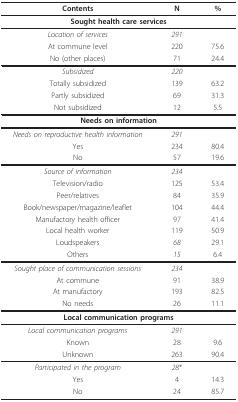
<table><thead><tr><td><b>Contents</b></td><td><b>N</b></td><td><b>%</b></td></tr></thead><tbody><tr><td colspan="3"><b>Sought health care services</b></td></tr><tr><td><i>Location of services</i></td><td><i>291</i></td><td></td></tr><tr><td>At commune level</td><td>220</td><td>75.6</td></tr><tr><td>No (other places)</td><td>71</td><td>24.4</td></tr><tr><td><i>Subsidized</i></td><td><i>220</i></td><td></td></tr><tr><td>Totally subsidized</td><td>139</td><td>63.2</td></tr><tr><td>Partly subsidized</td><td>69</td><td>31.3</td></tr><tr><td>Not subsidized</td><td>12</td><td>5.5</td></tr><tr><td colspan="3"><b>Needs on information</b></td></tr><tr><td><i>Needs on reproductive health information</i></td><td><i>291</i></td><td></td></tr><tr><td>Yes</td><td>234</td><td>80.4</td></tr><tr><td>No</td><td>57</td><td>19.6</td></tr><tr><td><i>Source of information</i></td><td><i>234</i></td><td></td></tr><tr><td>Television/radio</td><td>125</td><td>53.4</td></tr><tr><td>Peer/relatives</td><td>84</td><td>35.9</td></tr><tr><td>Book/newspaper/magazine/leaflet</td><td>104</td><td>44.4</td></tr><tr><td>Manufactory health officer</td><td>97</td><td>41.4</td></tr><tr><td>Local health worker</td><td>119</td><td>50.9</td></tr><tr><td>Loudspeakers</td><td><i>68</i></td><td>29.1</td></tr><tr><td>Others</td><td><i>15</i></td><td>6.4</td></tr><tr><td><i>Sought place of communication sessions</i></td><td><i>234</i></td><td></td></tr><tr><td>At commune</td><td>91</td><td>38.9</td></tr><tr><td>At manufactory</td><td>193</td><td>82.5</td></tr><tr><td>No needs</td><td>26</td><td>11.1</td></tr><tr><td colspan="3"><b>Local communication programs</b></td></tr><tr><td><i>Local communication programs</i></td><td><i>291</i></td><td></td></tr><tr><td>Known</td><td>28</td><td>9.6</td></tr><tr><td>Unknown</td><td>263</td><td>90.4</td></tr><tr><td><i>Participated in the program</i></td><td><i>28</i>*</td><td></td></tr><tr><td>Yes</td><td>4</td><td>14.3</td></tr><tr><td>No</td><td>24</td><td>85.7</td></tr></tbody></table>